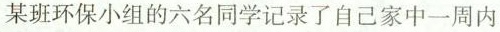
某班环保小组的六名同学记录了自己家中一周内